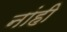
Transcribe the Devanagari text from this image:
नांही